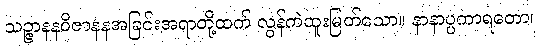
သဉ္ဇာနနဝိဇာနနအခြင်းအရာတို့ထက် လွန်ကဲထူးမြတ်သော။ နာနာပ္ပကာရတော၊